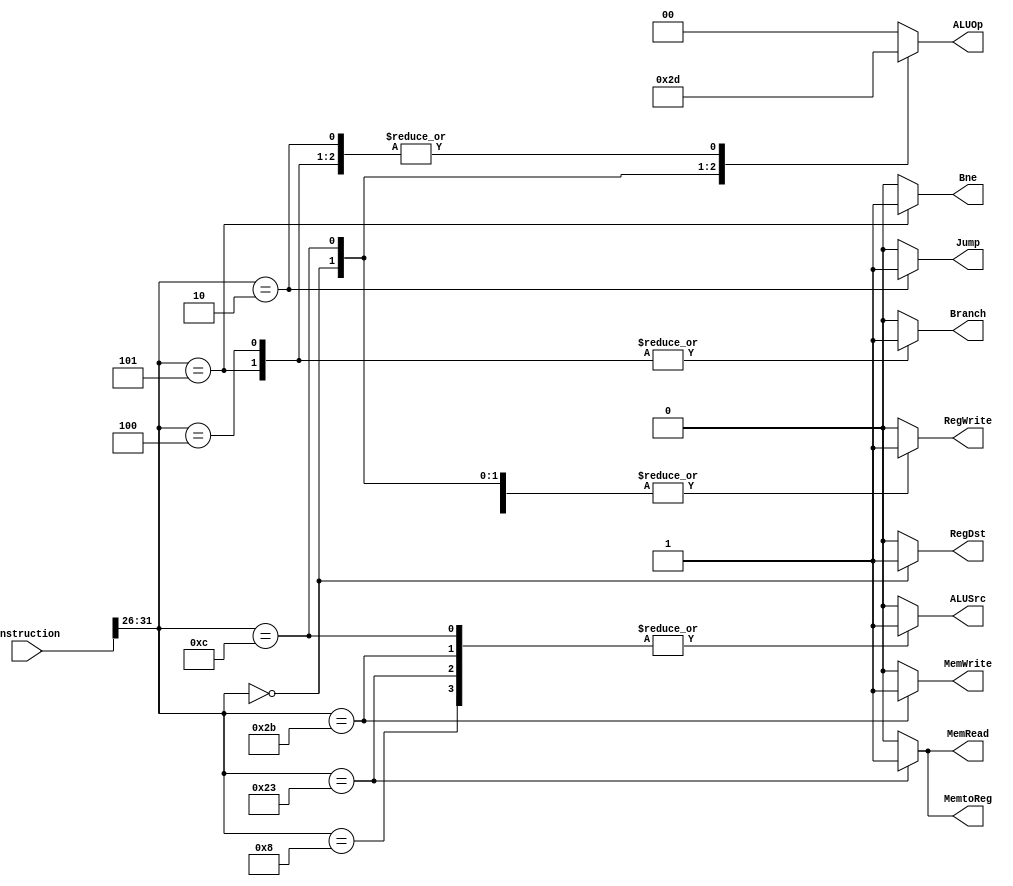
module Control_Unit(
    instruction,
    RegDst,
    Jump,
    Branch,
    Bne,
    MemRead,
    MemtoReg,
    ALUOp,
    MemWrite,
    ALUSrc,
    RegWrite
);

input [31:0] instruction;
output reg RegDst, Jump, Branch, Bne, MemRead, MemtoReg, MemWrite, ALUSrc, RegWrite;
output reg [1:0] ALUOp;

initial begin
    RegDst = 0;
    Jump = 0;
    Branch = 0;
    Bne = 0;
    MemRead = 0;
    MemtoReg = 0;
    ALUOp = 2'b00;
    MemWrite = 0;
    ALUSrc = 0;
    RegWrite = 0;
end

always @ (instruction) begin
    case (instruction[31:26])   // checking the opcode
        6'b000000: begin    // arithmetic (add and sub)
            RegDst = 1;
            ALUSrc = 0;
            MemtoReg = 0;
            RegWrite = 1;
            MemRead = 0;
            MemWrite = 0;
            Branch = 0;
            Bne = 0;
            ALUOp = 2'b10;
            Jump = 0;
        end
        6'b001000: begin    // addi
            RegDst = 0;
            ALUSrc = 1;
            MemtoReg = 0;
            RegWrite = 1;
            MemRead = 0;
            MemWrite = 0;
            Branch = 0;
            Bne = 0;
            ALUOp = 2'b00;
            Jump = 0;
        end
        6'b001100: begin  // andi
        RegDst = 0;
        ALUSrc = 1;
        MemtoReg = 0;
        RegWrite = 1;
        MemRead = 0;
        MemWrite = 0;
        Branch = 0;
        Bne = 0;
        ALUOp = 2'b11;
        Jump = 0;
      end
      6'b100011: begin  // lw
        RegDst = 0;
        ALUSrc = 1;
        MemtoReg = 1;
        RegWrite = 1;
        MemRead = 1;
        MemWrite = 0;
        Branch = 0;
        Bne = 0;
        ALUOp = 2'b00;
        Jump = 0;
      end
      6'b101011: begin  // sw
        RegDst = 0;
        ALUSrc = 1;
        MemtoReg = 0;
        RegWrite = 0;
        MemRead = 0;
        MemWrite = 1;
        Branch = 0;
        Bne = 0;
        ALUOp = 2'b00;
        Jump = 0;
      end
      6'b000100: begin  // beq
        RegDst = 0;
        ALUSrc = 0;
        MemtoReg = 0;
        RegWrite = 0;
        MemRead = 0;
        MemWrite = 0;
        Branch = 1;
        Bne = 0;
        ALUOp = 2'b01;
        Jump = 0;
      end
      6'b000101: begin  // bne
        RegDst = 0;
        ALUSrc = 0;
        MemtoReg = 0;
        RegWrite = 0;
        MemRead = 0;
        MemWrite = 0;
        Branch = 1;
        Bne = 1;
        ALUOp = 2'b01;
        Jump = 0;
      end
      6'b000010: begin  // j
        RegDst = 0;
        ALUSrc = 0;
        MemtoReg = 0;
        RegWrite = 0;
        MemRead = 0;
        MemWrite = 0;
        Branch = 0;
        Bne = 0;
        ALUOp = 2'b01;
        Jump = 1;
      end
      default: begin
        RegDst = 0;
        ALUSrc = 0;
        MemtoReg = 0;
        RegWrite = 0;
        MemRead = 0;
        MemWrite = 0;
        Branch = 0;
        Bne = 0;
        ALUOp = 2'b00;
        Jump = 0;
      end
    endcase 
end

endmodule